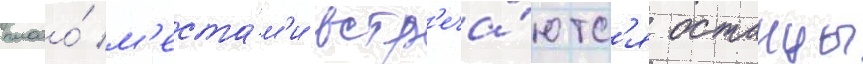
плато́ м'еста́м'и встр'еча́ютс'я останцы